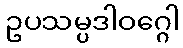
ဥပသမ္ပဒါဝဂ္ဂေါ